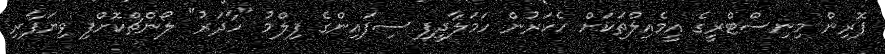
ފޮރިން މިނިސްޓްރީގެ އީމެއިލްތަކަށް ހެކަރުން ހަމަލާދީފި ސިފައިންގެ ފިލްމު "ހާދަރު" ލޯންޗްކޮށްފި ވިޔަފާރި